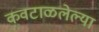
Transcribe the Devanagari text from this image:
कवटाळलेल्या